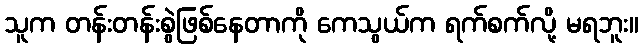
သူက တန်းတန်းစွဲဖြစ်နေတာကို ကေသွယ်က ရက်စက်လို့ မရဘူး။